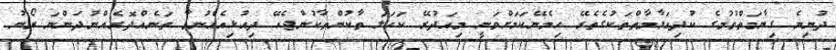
ދުނިޔެ ގިޔާމަތްވުމުގެ ކުދިއަލާމާތްތަކުގެތެރޭ ހިމެނޭކަމަށްވަނީ މިއަދުރޭ ކަހަލަ ތާކުންތާކުނުޖެހޭ ދިއުޅިއެއްނުވާ ތަނެއްދޮރެއްނުދަންނަ ރޯނު